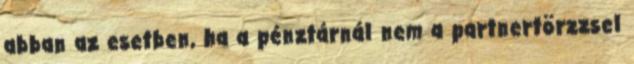
abban az esetben, ha a pénztárnál nem a partnertörzzsel